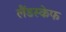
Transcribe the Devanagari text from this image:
लैंडस्केफ